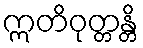
ဣတိဝုတ္တန္တိ